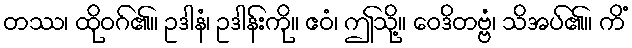
တဿ၊ ထိုဝဂ်၏။ ဥဒါနံ၊ ဥဒါန်းကို။ ဧဝံ၊ ဤသို့။ ဝေဒိတဗ္ဗံ၊ သိအပ်၏။ ကိံ